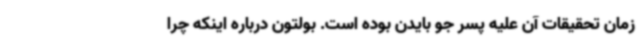
زمان تحقیقات آن علیه پسر جو بایدن بوده است. بولتون درباره اینکه چرا